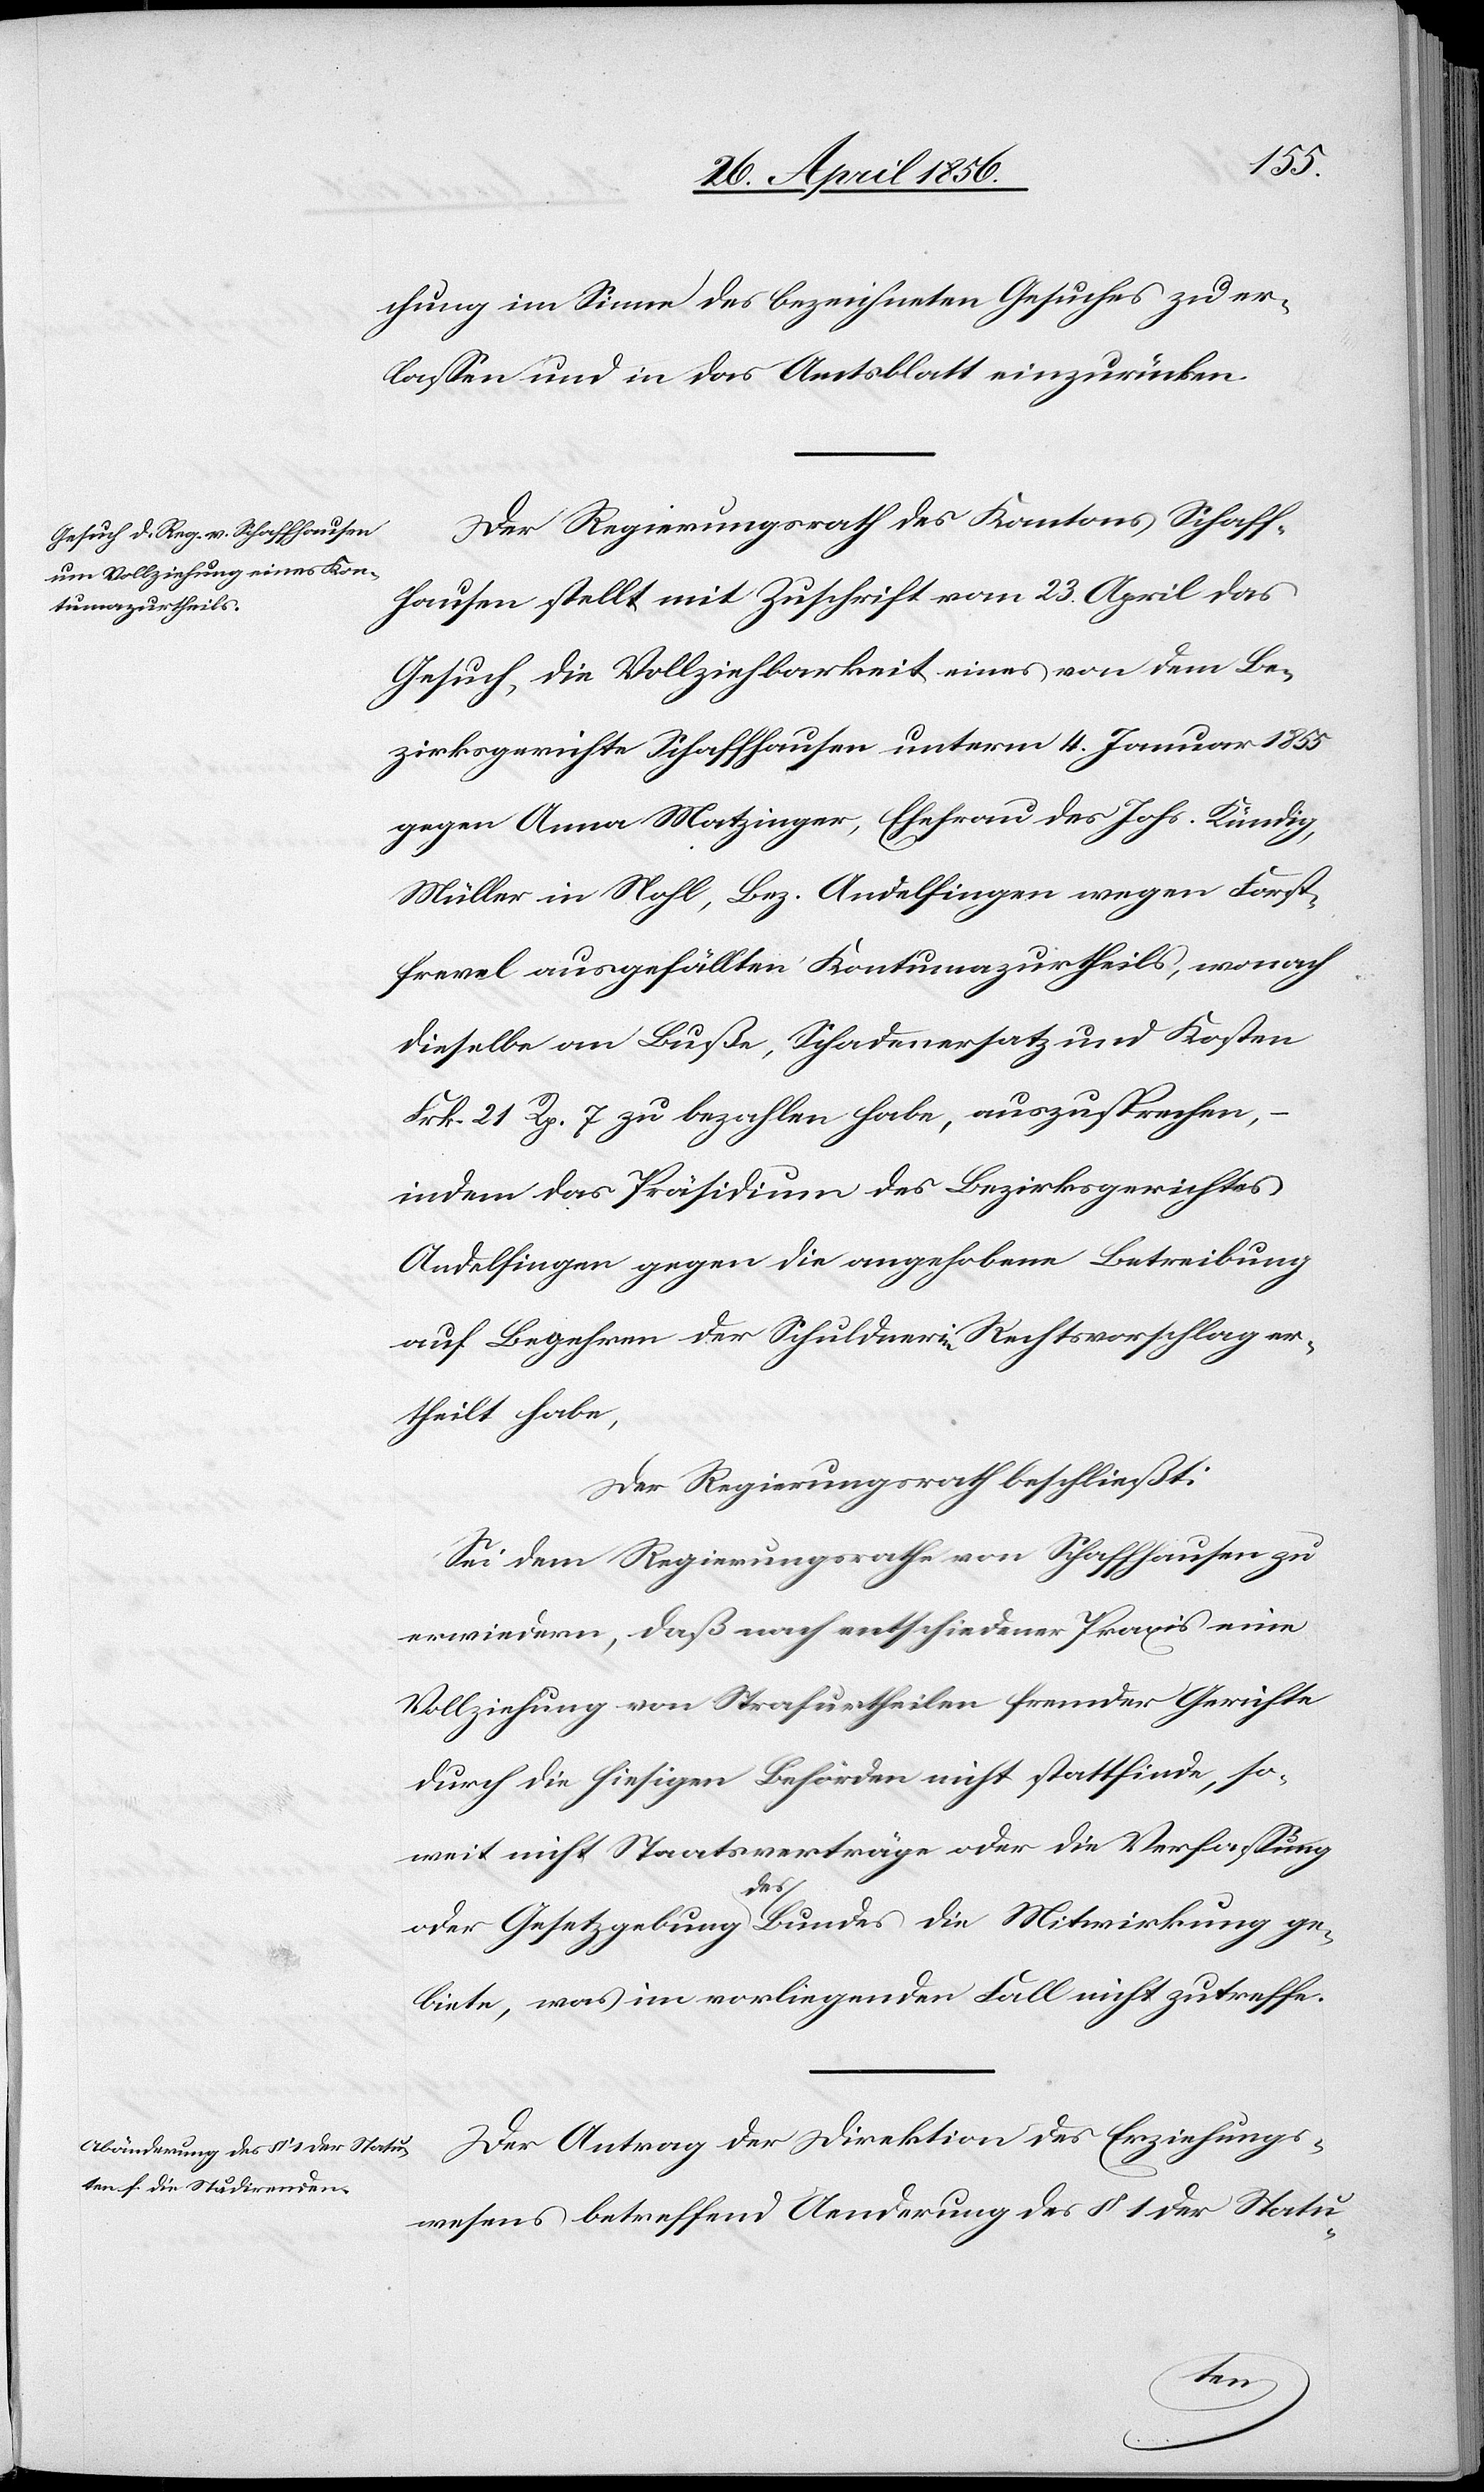
chung im Sinne des bezeichneten Gesuches zu er¬
lassen und in das Amtsblatt einzurücken.
Der Regierungsrath des Kantons Schaff¬
hausen stellt mit Zuschrift vom 23. April das
Gesuch, die Vollziehbarkeit eines von dem Be¬
zirksgerichte Schaffhausen unterm 4. Januar 1855
gegen Anna Matzinger, Ehefrau des Johs. Kündig,
Müller in Nohl, Bez. Andelfingen wegen Forst¬
frevel ausgefällten Kontumazurtheils, wonach
dieselbe an Buße, Schadenersatz und Kosten
Frk. 21 Rp. 7 zu bezahlen habe, auszusprechen,
indem das Präsidium des Bezirksgerichtes
Andelfingen gegen die angehobene Betreibung
auf Begehren der Schuldnerin Rechtsvorschlag er¬
theilt habe,
Der Regierungsrath beschließt:
Sei dem Regierungsrathe von Schaffhausen zu
erwiedern, daß nach entschiedener Praxis eine
Vollziehung von Strafurtheilen fremder Gerichte
durch die hiesigen Behörden nicht stattfinde, so¬
weit nicht Staatsverträge oder die Verfassung
oder Gesetzgebung adesa Bundes die Mitwirkung ge¬
biete, was im vorliegenden Fall nicht zutreffe.
Der Antrag der Direktion des Erziehungs¬
wesens betreffend Aenderung des § 1 der Statu-